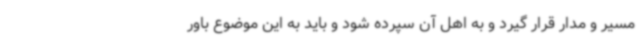
مسیر و مدار قرار گیرد و به اهل آن سپرده شود و باید به این موضوع باور